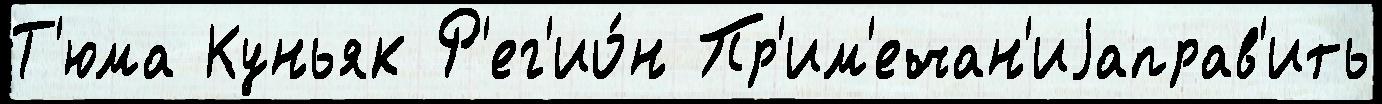
Т'юма Куньяк Р'ег'ио́н Пр'им'ечан'иjаправ'ить